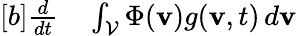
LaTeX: \begin{array}{r}{\begin{array}{rl}{[b]\frac{d}{dt}}&{{}\int_{\mathcal{V}}\Phi(\mathbf{v})g(\mathbf{v},t)\, d\mathbf{v}}\end{array}}\end{array}